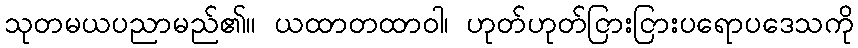
သုတမယပညာမည်၏။ ယထာတထာဝါ၊ ဟုတ်ဟုတ်ငြားငြားပရောပဒေသကို